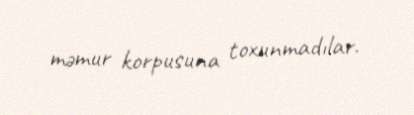
məmur korpusuna toxunmadılar.